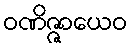
ဝဏိဇ္ဇာယေဝ